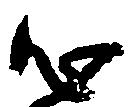
心